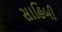
સાહિબી